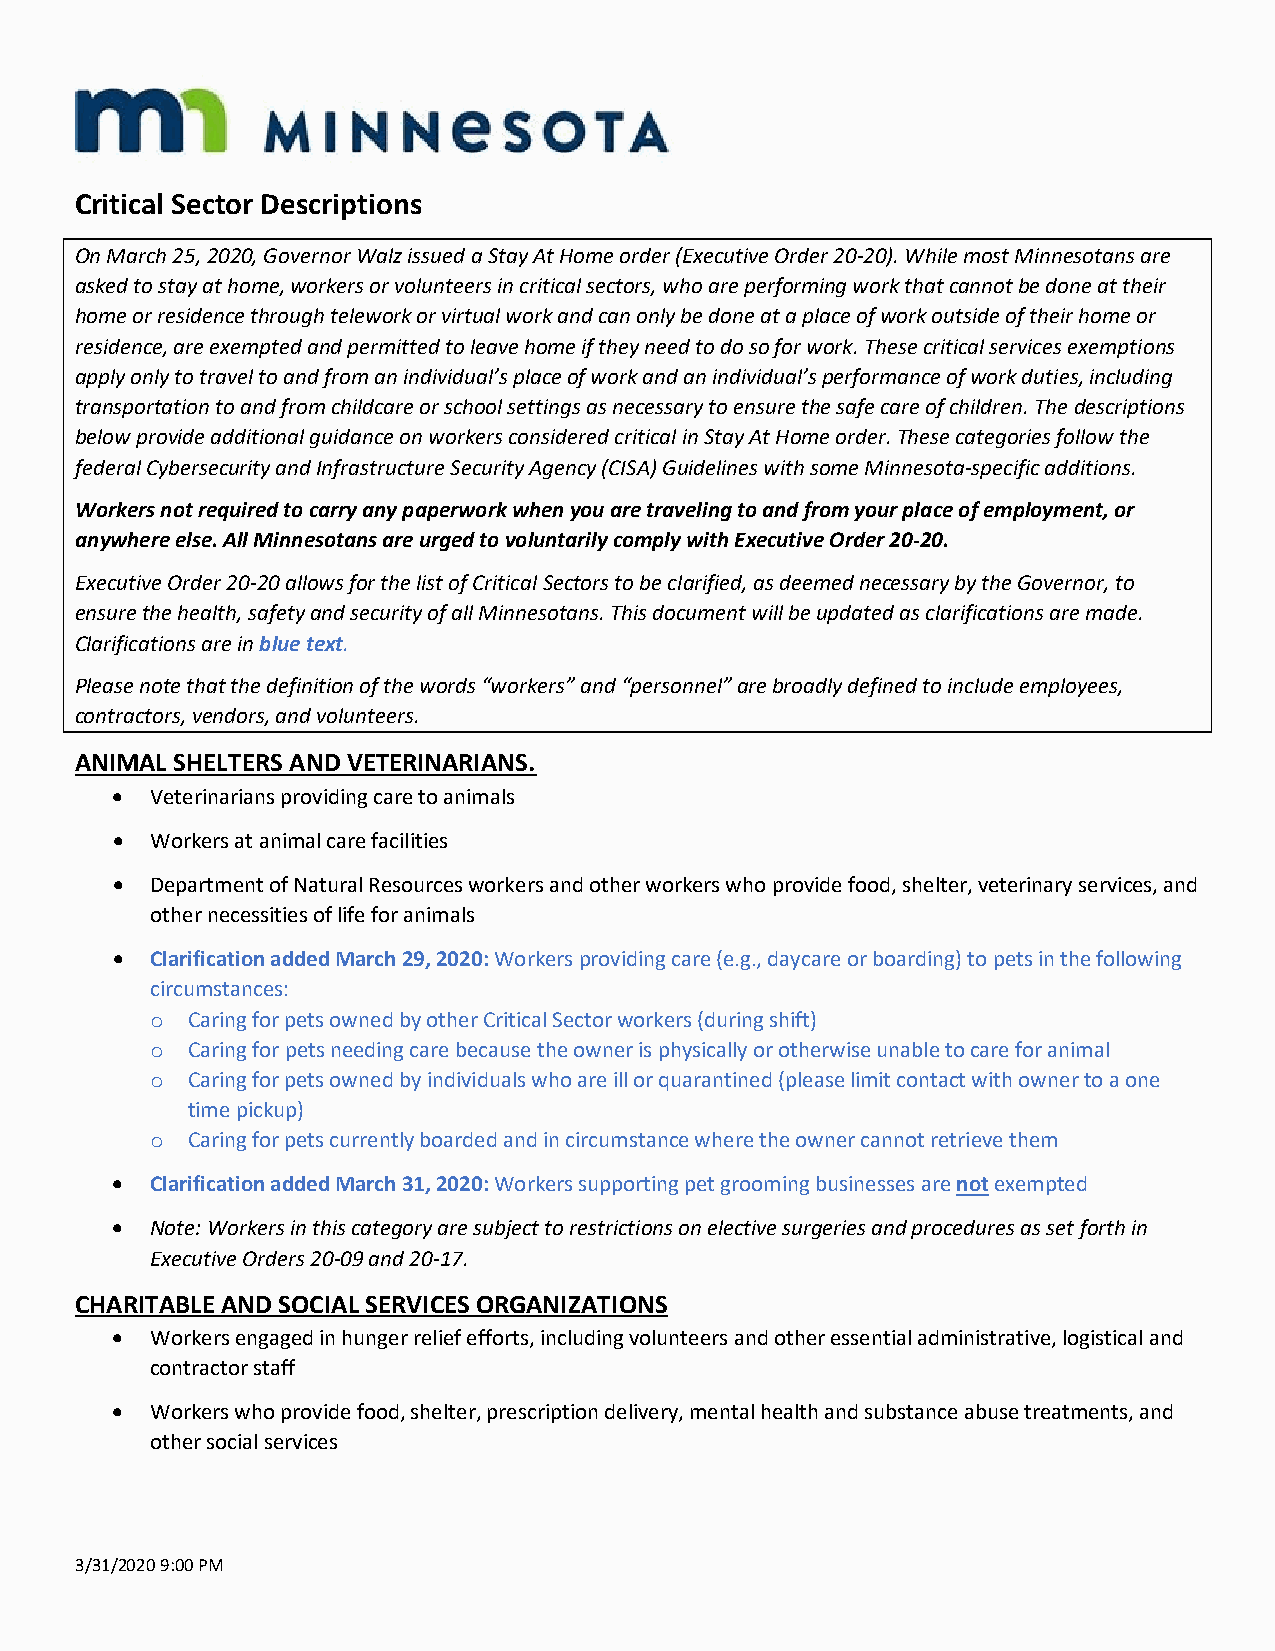
Critical Sector Descriptions
 On March 25, 2020, Governor Walz issued a Stay At Home order (Executive Order 20-20). While most Minnesotans are
 asked to stay at home, workers or volunteers in critical sectors, who are performing work that cannot be done at their
 home or residence through telework or virtual work and can only be done at a place of work outside of their home or
 residence, are exempted and permitted to leave home if they need to do so for work. These critical services exemptions
 apply only to travel to and from an individual’s place of work and an individual’s performance of work duties, including
 transportation to and from childcare or school settings as necessary to ensure the safe care of children. The descriptions
 below provide additional guidance on workers considered critical in Stay At Home order. These categories follow the
 federal Cybersecurity and Infrastructure Security Agency (CISA) Guidelines with some Minnesota-specific additions.
 Workers not required to carry any paperwork when you are traveling to and from your place of employment, or
 anywhere else. All Minnesotans are urged to voluntarily comply with Executive Order 20-20.
 Executive Order 20-20 allows for the list of Critical Sectors to be clarified, as deemed necessary by the Governor, to
 ensure the health, safety and security of all Minnesotans. This document will be updated as clarifications are made.
 Clarifications are in blue text.
 Please note that the definition of the words “workers” and “personnel” are broadly defined to include employees,
 contractors, vendors, and volunteers.
 ANIMAL SHELTERS AND VETERINARIANS.
 •  Veterinarians providing care to animals
 •  Workers at animal care facilities
 •  Department of Natural Resources workers and other workers who provide food, shelter, veterinary services, and
 other necessities of life for animals
 •  Clarification added March 29, 2020: Workers providing care (e.g., daycare or boarding) to pets in the following
 circumstances:
 Caring for pets owned by other Critical Sector workers (during shift)
 o
 Caring for pets needing care because the owner is physically or otherwise unable to care for animal
 o
 Caring for pets owned by individuals who are ill or quarantined (please limit contact with owner to a one
 o
 time pickup)
 Caring for pets currently boarded and in circumstance where the owner cannot retrieve them
 o
 •  Clarification added March 31, 2020: Workers supporting pet grooming businesses are not exempted
 •  Note: Workers in this category are subject to restrictions on elective surgeries and procedures as set forth in
 Executive Orders 20-09 and 20-17.
 CHARITABLE AND SOCIAL SERVICES ORGANIZATIONS
 •  Workers engaged in hunger relief efforts, including volunteers and other essential administrative, logistical and
 contractor staff
 •  Workers who provide food, shelter, prescription delivery, mental health and substance abuse treatments, and
 other social services
 3/31/2020 9:00 PM